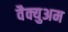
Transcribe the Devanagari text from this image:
वैक्युअम